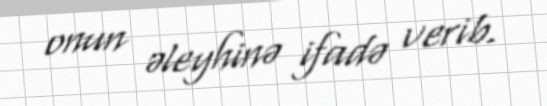
onun əleyhinə ifadə verib.